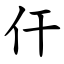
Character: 仠